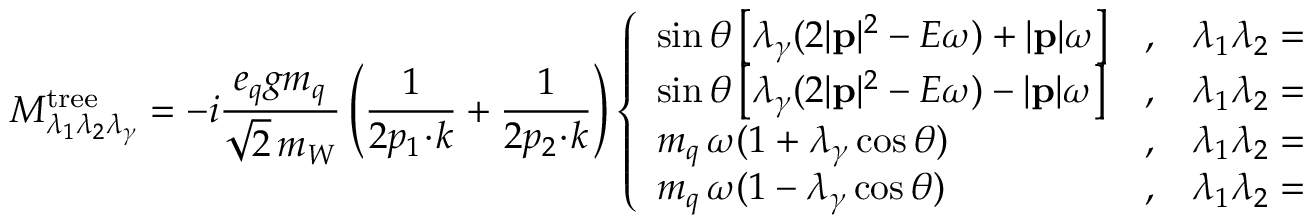
{ \cal M } _ { \lambda _ { 1 } \lambda _ { 2 } \lambda _ { \gamma } } ^ { \mathrm { t r e e } } = - i \frac { e _ { q } g m _ { q } } { \sqrt { \displaystyle 2 } \, m _ { W } } \left( \frac { 1 } { 2 p _ { 1 } \! \cdot \! k } + \frac { 1 } { 2 p _ { 2 } \! \cdot \! k } \right) \left\{ \begin{array} { l c l } { { \sin \theta \left[ \lambda _ { \gamma } ( 2 | { \bf p } | ^ { 2 } - E \omega ) + | { \bf p } | \omega \right] } } & { { , } } & { { \lambda _ { 1 } \lambda _ { 2 } = + + } } \\ { { \sin \theta \left[ \lambda _ { \gamma } ( 2 | { \bf p } | ^ { 2 } - E \omega ) - | { \bf p } | \omega \right] } } & { { , } } & { { \lambda _ { 1 } \lambda _ { 2 } = -- } } \\ { { m _ { q } \, \omega ( 1 + \lambda _ { \gamma } \cos \theta ) } } & { { , } } & { { \lambda _ { 1 } \lambda _ { 2 } = + - } } \\ { { m _ { q } \, \omega ( 1 - \lambda _ { \gamma } \cos \theta ) } } & { { , } } & { { \lambda _ { 1 } \lambda _ { 2 } = - + } } \end{array} \right. \, ,